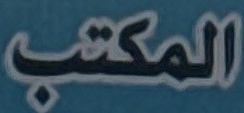
المكتب